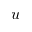
u